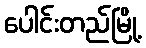
ပေါင်းတည်မြို့